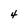
Character: 4